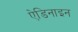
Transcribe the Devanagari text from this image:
ऐडिनाइन